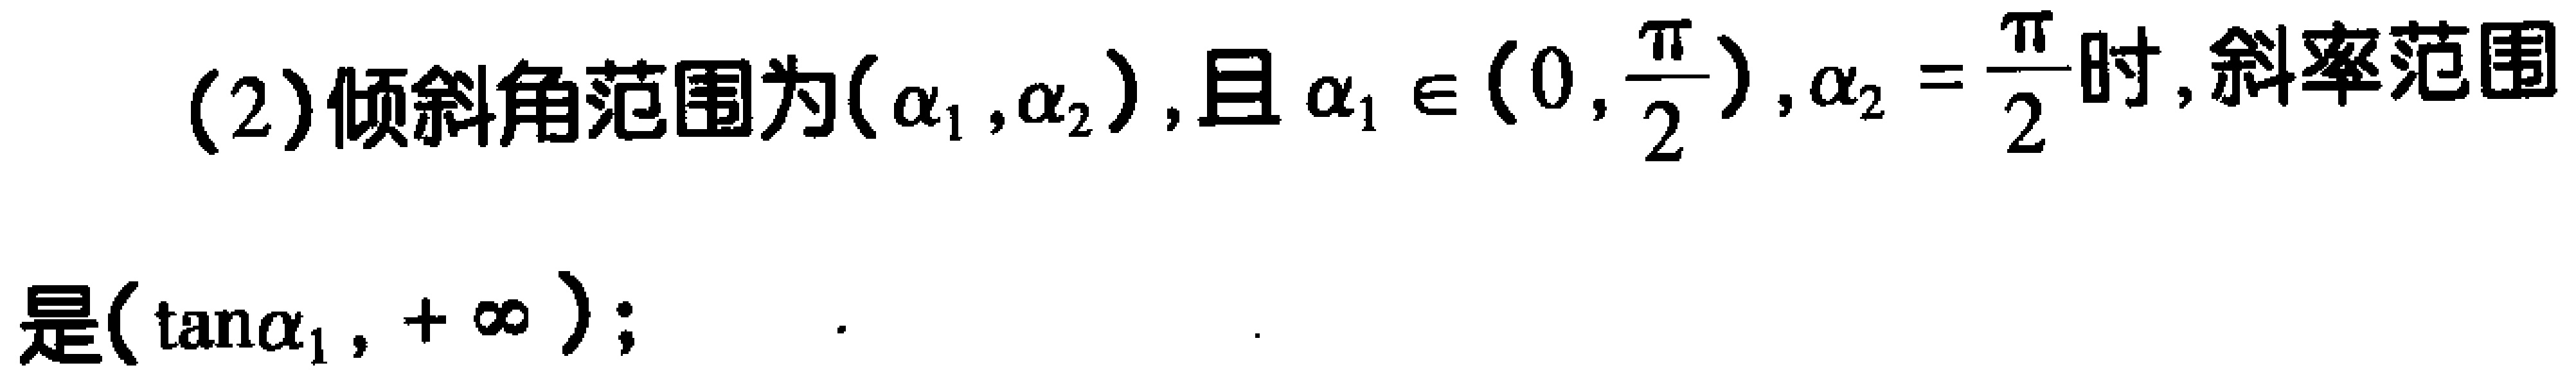
(2)倾斜角范围为\((\alpha_{1},\alpha_{2})\)，且\(\alpha_{1} \in (0,\frac{\pi}{2})\)，\(\alpha_{2} = \frac{\pi}{2}\)时，斜率范围是\((\tan\alpha_{1}, +\infty)\)；